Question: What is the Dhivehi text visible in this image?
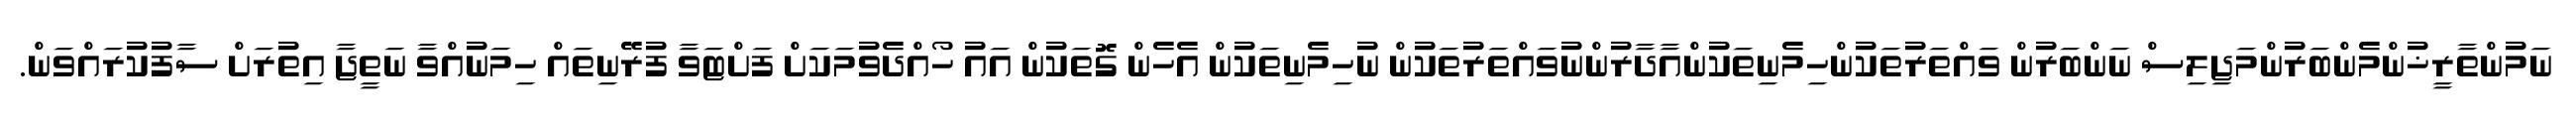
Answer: ނަމުންތާރީޚުންމެންބަރުންމަޖިލިސް ނަންބަރުން ވައްތަރުތަކުންހިމެނިތަކުންއާދާރުންނުވައްތަރުތަކުން ނުހިމެނިތަކުން އެހެން ގޮތަކުން އައު ހޯއްދެވުމަކަށް ފަށްޓަވާ ފުރޭނިތައް ހިމަނުއްވާ ނަތީޖާ އިތުރަށް ސާފުކުރައްވަން.